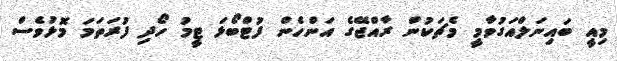
މިއީ ބައިނަލްއަގުވާމީ މެޗަކުން ރާއްޖޭގެ އަންހެން ފުޓްބޯޅަ ޓީމު ހޯދި ފުރަތަމަ މޮޅުވެސް